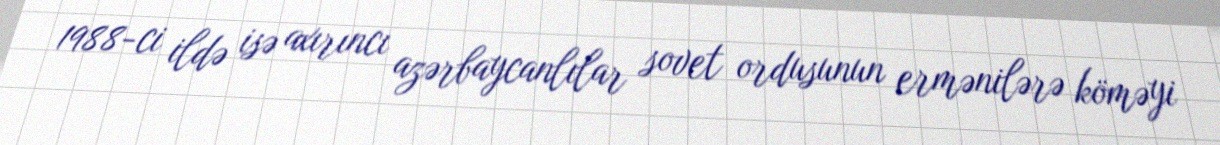
1988-ci ildə isə axırıncı azərbaycanlılar sovet ordusunun ermənilərə köməyi